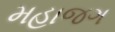
મહાજગ